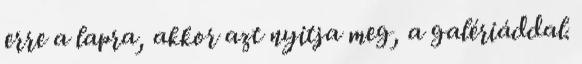
erre a lapra, akkor azt nyitja meg, a galériáddal.